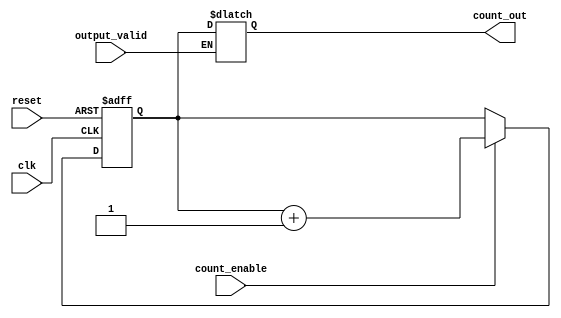
module synchronous_counter #(
    parameter N = 4  // Parameter to define the bit-width of the counter
)(
    input wire clk,               // Clock input
    input wire reset,             // Asynchronous reset
    input wire count_enable,      // Count enable signal
    input wire output_valid,       // Output valid signal
    output reg [N-1:0] count_out  // Current count output
);

    // Internal signal for counting
    reg [N-1:0] count;  // Internal counter register

    // Asynchronous reset and synchronous counting
    always @(posedge clk or posedge reset) begin
        if (reset) begin
            count <= 0;  // Reset the counter to zero
        end else if (count_enable) begin
            count <= count + 1;  // Increment the counter
        end
    end

    // Output control logic
    always @(*) begin
        if (output_valid) begin
            count_out = count;  // Output the current count if valid
        end else begin
            count_out = count_out;  // Hold the previous output value
        end
    end

endmodule